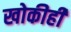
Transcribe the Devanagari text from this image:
खोकीही